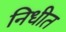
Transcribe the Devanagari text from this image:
निधीत